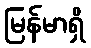
မြန်မာရှိ